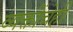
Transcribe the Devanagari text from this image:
व्यक्तींचेही